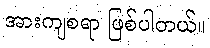
အားကျစရာ ဖြစ်ပါတယ်။